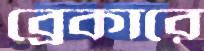
ব্রেকারে